画像に写った文字を読んでください
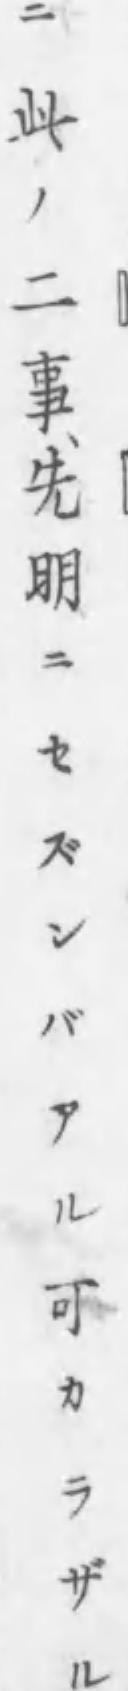
「ニ此ノ二事、先明ニセズンバアル可カラザル」と書いてあります